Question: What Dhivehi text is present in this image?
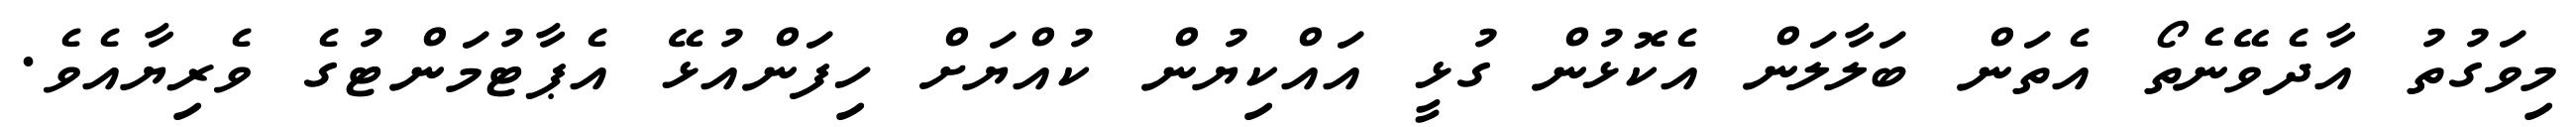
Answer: މިވަގުތު އާދެވޭނެތޯ އެތަން ބަލާލަން އެކޮޅުން ގުޅީ އައްކިޔުން ކުއްޔަށް ހިފަންއުޅޭ އެޕާޓުމަންޓުގެ ވެރިޔާއެވެ.